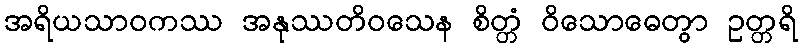
အရိယသာဝကဿ အနုဿတိဝသေန စိတ္တံ ဝိသောဓေတွာ ဥတ္တရိ